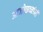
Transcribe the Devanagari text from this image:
आजोळच्यांनी